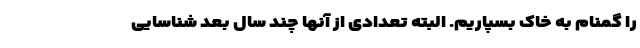
را گمنام به خاک بسپاریم. البته تعدادی از آنها چند سال بعد شناسایی